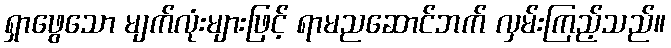
ရှာဖွေသော မျက်လုံးများဖြင့် ရာမညဆောင်ဘက် လှမ်းကြည့်သည်။